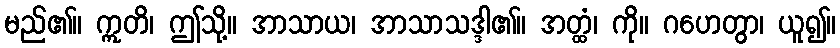
မည်၏။ ဣတိ၊ ဤသို့။ အာသာယ၊ အာသာသဒ္ဒါ၏။ အတ္ထံ၊ ကို။ ဂဟေတွာ၊ ယူ၍။